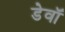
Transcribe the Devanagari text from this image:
डेवॉ